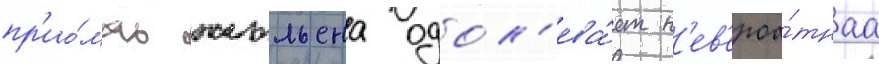
пр'ио́мах жюльена одол'ева́ет н'ев'ероа́тнаа